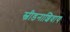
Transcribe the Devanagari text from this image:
स्वीडनाशिवाय